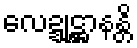
လေဍ္ဍုဋ္ဌာနန္တိ